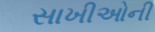
સાખીઓની